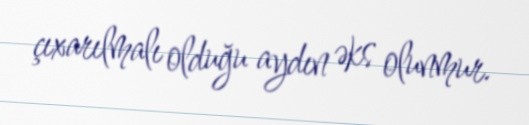
çıxarılmalı olduğu aydın əks olunmur.